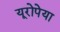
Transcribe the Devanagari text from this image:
यूरोपेया